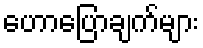
ဟောပြောချက်များ